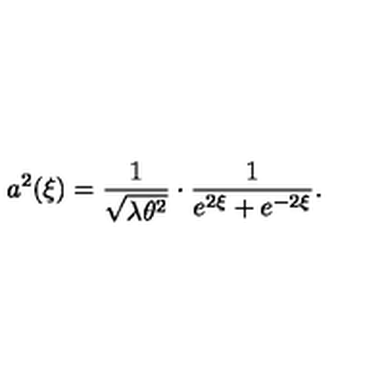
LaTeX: a ^ { 2 } ( \xi ) = \frac { 1 } { \sqrt { \lambda \theta ^ { 2 } } } \cdot \frac { 1 } { e ^ { 2 \xi } + e ^ { - 2 \xi } } .